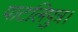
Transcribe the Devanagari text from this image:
पाटलिपुत्र।